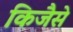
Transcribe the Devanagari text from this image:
किजैसे